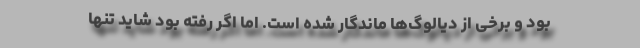
بود و برخی از دیالوگ‌ها ماندگار شده است. اما اگر رفته بود شاید تنها